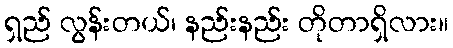
ရှည် လွန်းတယ်၊ နည်းနည်း တိုတာရှိလား။